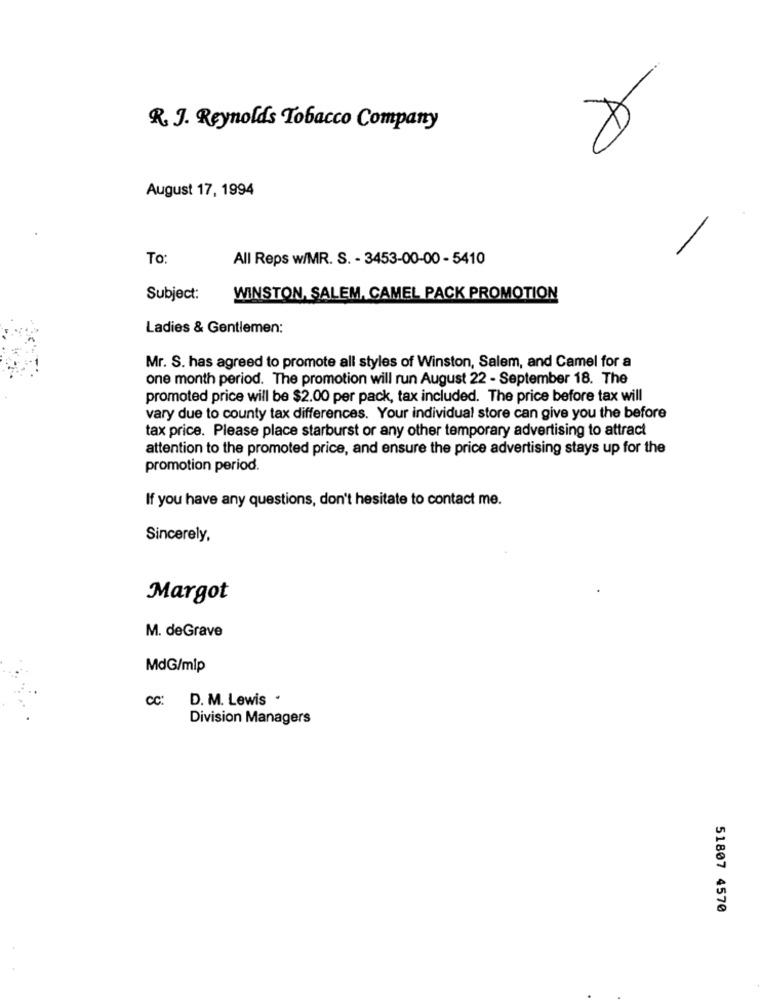
R. J. Reynolds Tobacco Company
August 17, 1994
To
All Reps w/MR. S. - 3453-00-00 - 5410
Subject:
WINSTON, SALEM, CAMEL PACK PROMOTION
Ladies & Gentlemen:
Mr. S. has agreed to promote all styles of Winston, Salem, and Camel for a
one month period. The promotion will run August 22 - September 18. The
promoted price will be $2.00 per pack, tax included. The price before tax will
vary due to county tax differences. Your individual store can give you the before
tax price. Please place starburst or any other temporary advertising to attract
attention to the promoted price, and ensure the price advertising stays up for the
promotion period.
If you have any questions, don't hesitate to contact me.
Sincerely,
Margot
M. deGrave
MdG/mlp
Cc:
D. M. Lewis .
Division Managers
51807 4570